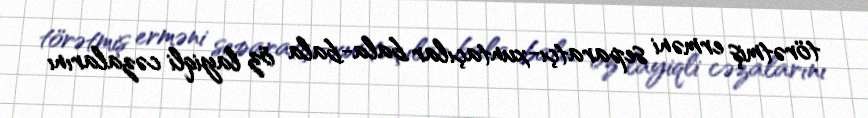
törətmiş erməni separatçı-xuntaçılar bala-bala öz layiqli cəzalarını